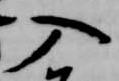
入